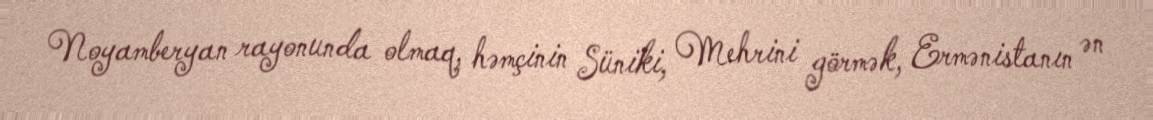
Noyamberyan rayonunda olmaq, həmçinin Süniki, Mehrini görmək, Ermənistanın ən